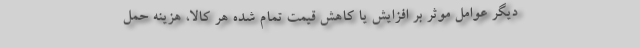
دیگر عوامل موثر بر افزایش یا کاهش قیمت تمام شده هر کالا، هزینه حمل